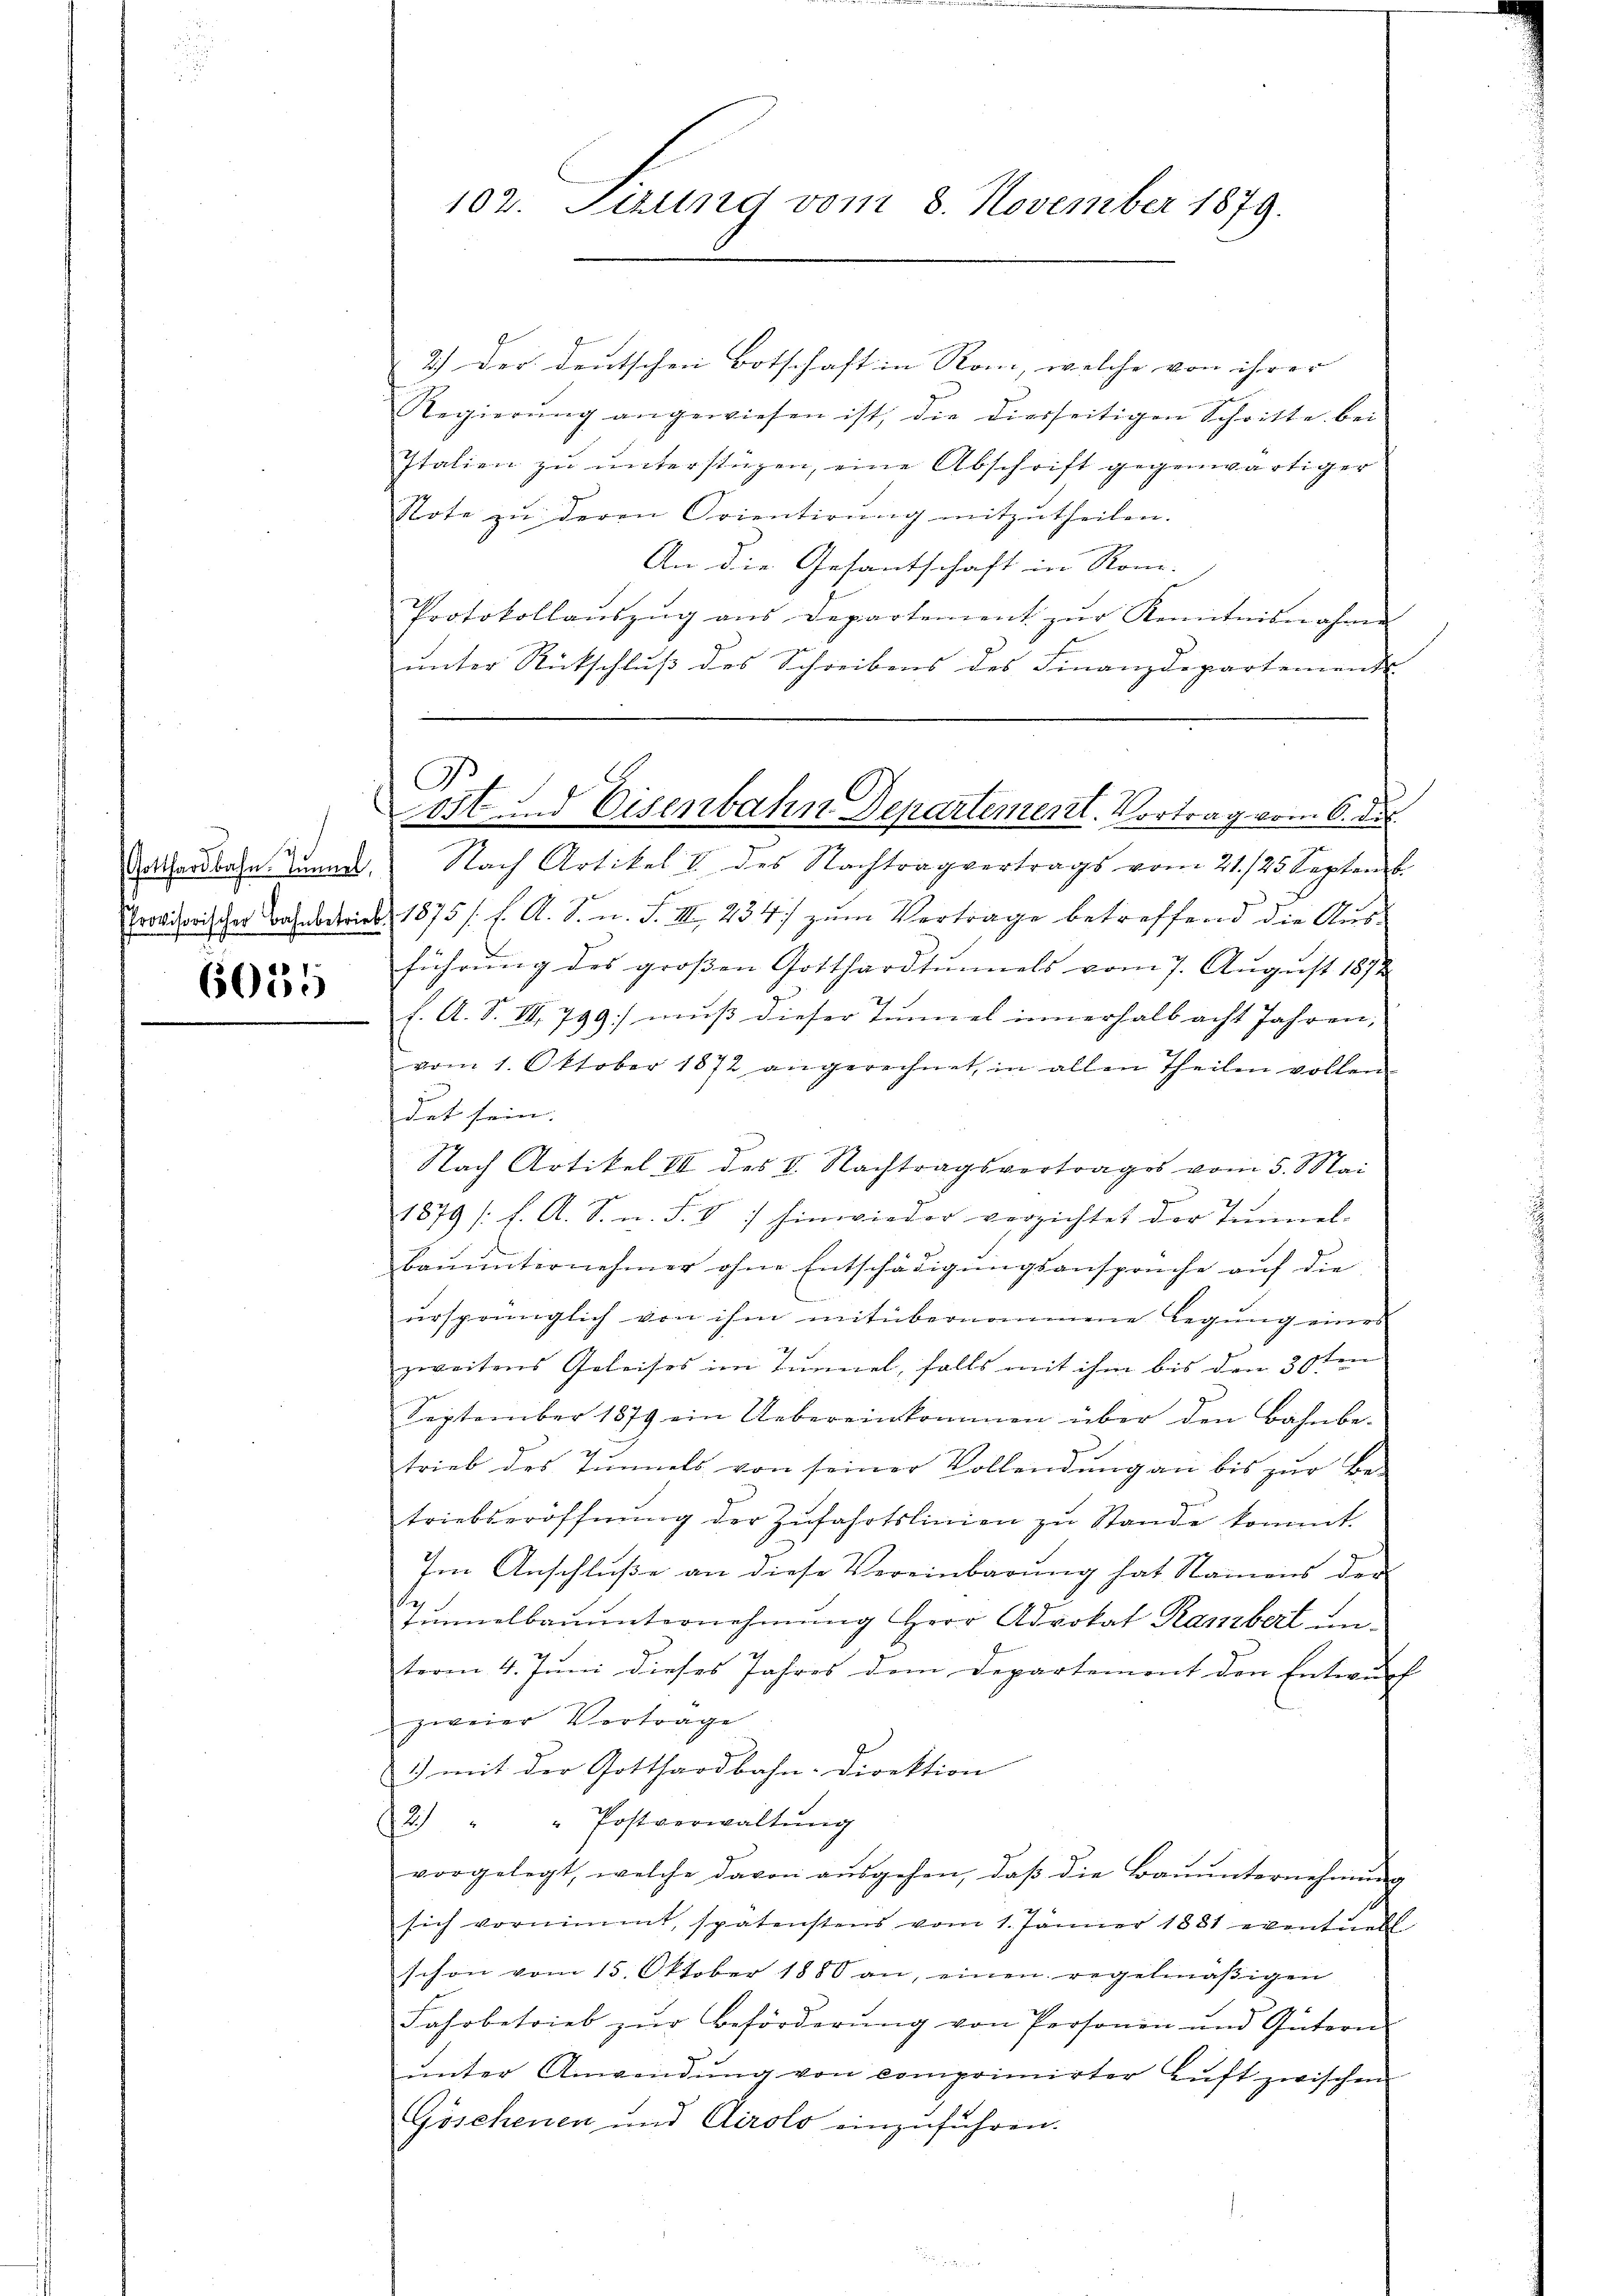
6015

102. Sirung vom 8. November 1879.

2.) Der deutschen Botschaft in Rom, welche von ihrer |
Regierŭng angewiesen ist, die diesseitigen Schritte bei
Italien zŭ ŭnterstüzen, eine Abschrift gegenwärtiger
Note zŭ deren Orientirŭng mitzutheilen.
An die Gesantschaft in Rom.
Protokollaŭszŭg ans Departement zŭr Kenntnisnahme
unter Rückschluß des Schreibens des Finanzdepartements

I
ost und Eisenbahn Departement. Vortrag vom 6. der

Gotthardbahn. Tunner. Nach Artikel I des Nachtragvertrags vom 21. 125 Septemb.
Provisorischer Bahnbetrick, 1875 /: f. A. S. n. F. III, 234) zum Vertrage betreffend die Ausführŭng des groβen Gotthardtunnels vom 7. August 1872
l. A. S. III 799] muss dieser Tunnel innerhalb acht Jahren,
vom 1. Oktober 1872 angerechnet, in allen Theilen vollen
det sein. |

Nach Artikel III des V. Nachtragsvertrages vom 5. Mai
1879 /: f. A. S. n. F. V 7 hinwieder verzichtet der Tunnel-
bauunternehmer ohne Entschädigungsansprüche auf die
ŭrsprünglich von ihm mit übernommene Legung eines
zweitens Geleises im Tunnel, falls mit ihm bis den 31ten
September 1879 ein Uebereinkommen über den Bahnbe-

trieb des Immels von seiner Vollendŭng an bis zŭr Be-
triebseröffnŭng der Zufahrtslinien zu Stande kommt.
Im Anschluße an diese Vereinbarung hat Namens der
e.
tŭnnelbaŭŭnternehmung Herr Advokat Rambert un
term 4. Juni dieses Jahres dem Departement den Entwurf
zweier Vortrage
1) mit der Gotthardbahn-Direktion
2) " " Postverwaltŭng
vorgelegt, welche davon aŭsgehen, daβ die Baŭŭnternehmung
sich vornimmt, spätenstens vom 1. Jänner 1881 eventuell
schon vom 15. Oktober 1880 an, einen regelmäβigen
Fahrbetrieb zŭr Beförderŭng von Personen und Gütern
unter Anwendung von comprimirter Luft zwischen
Göschenen und Airolo einzuführen.